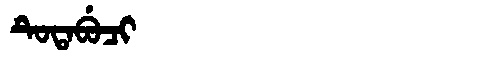
Manchu: ᡨᡠᡨᠠᠪᡠᠴᡳ
Romanization: TUTABUCI